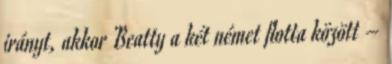
irányt, akkor Beatty a két német flotta között –